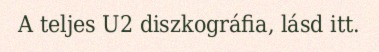
A teljes U2 diszkográfia, lásd itt.